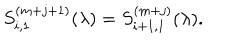
S _ { i , 1 } ^ { ( m + j + 1 ) } ( \lambda ) = S _ { i + 1 , 1 } ^ { ( m + j ) } ( \lambda ) .